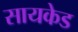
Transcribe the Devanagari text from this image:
सायकेड